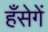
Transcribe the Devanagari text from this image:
हँसेगें